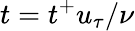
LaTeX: t=t^{+}u_{\tau}/\nu